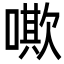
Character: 𠿁